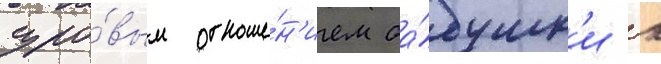
суро́вым отноше́н'ием ба́бушк'и к